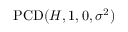
\operatorname { P C D } ( H , 1 , 0 , \sigma ^ { 2 } )